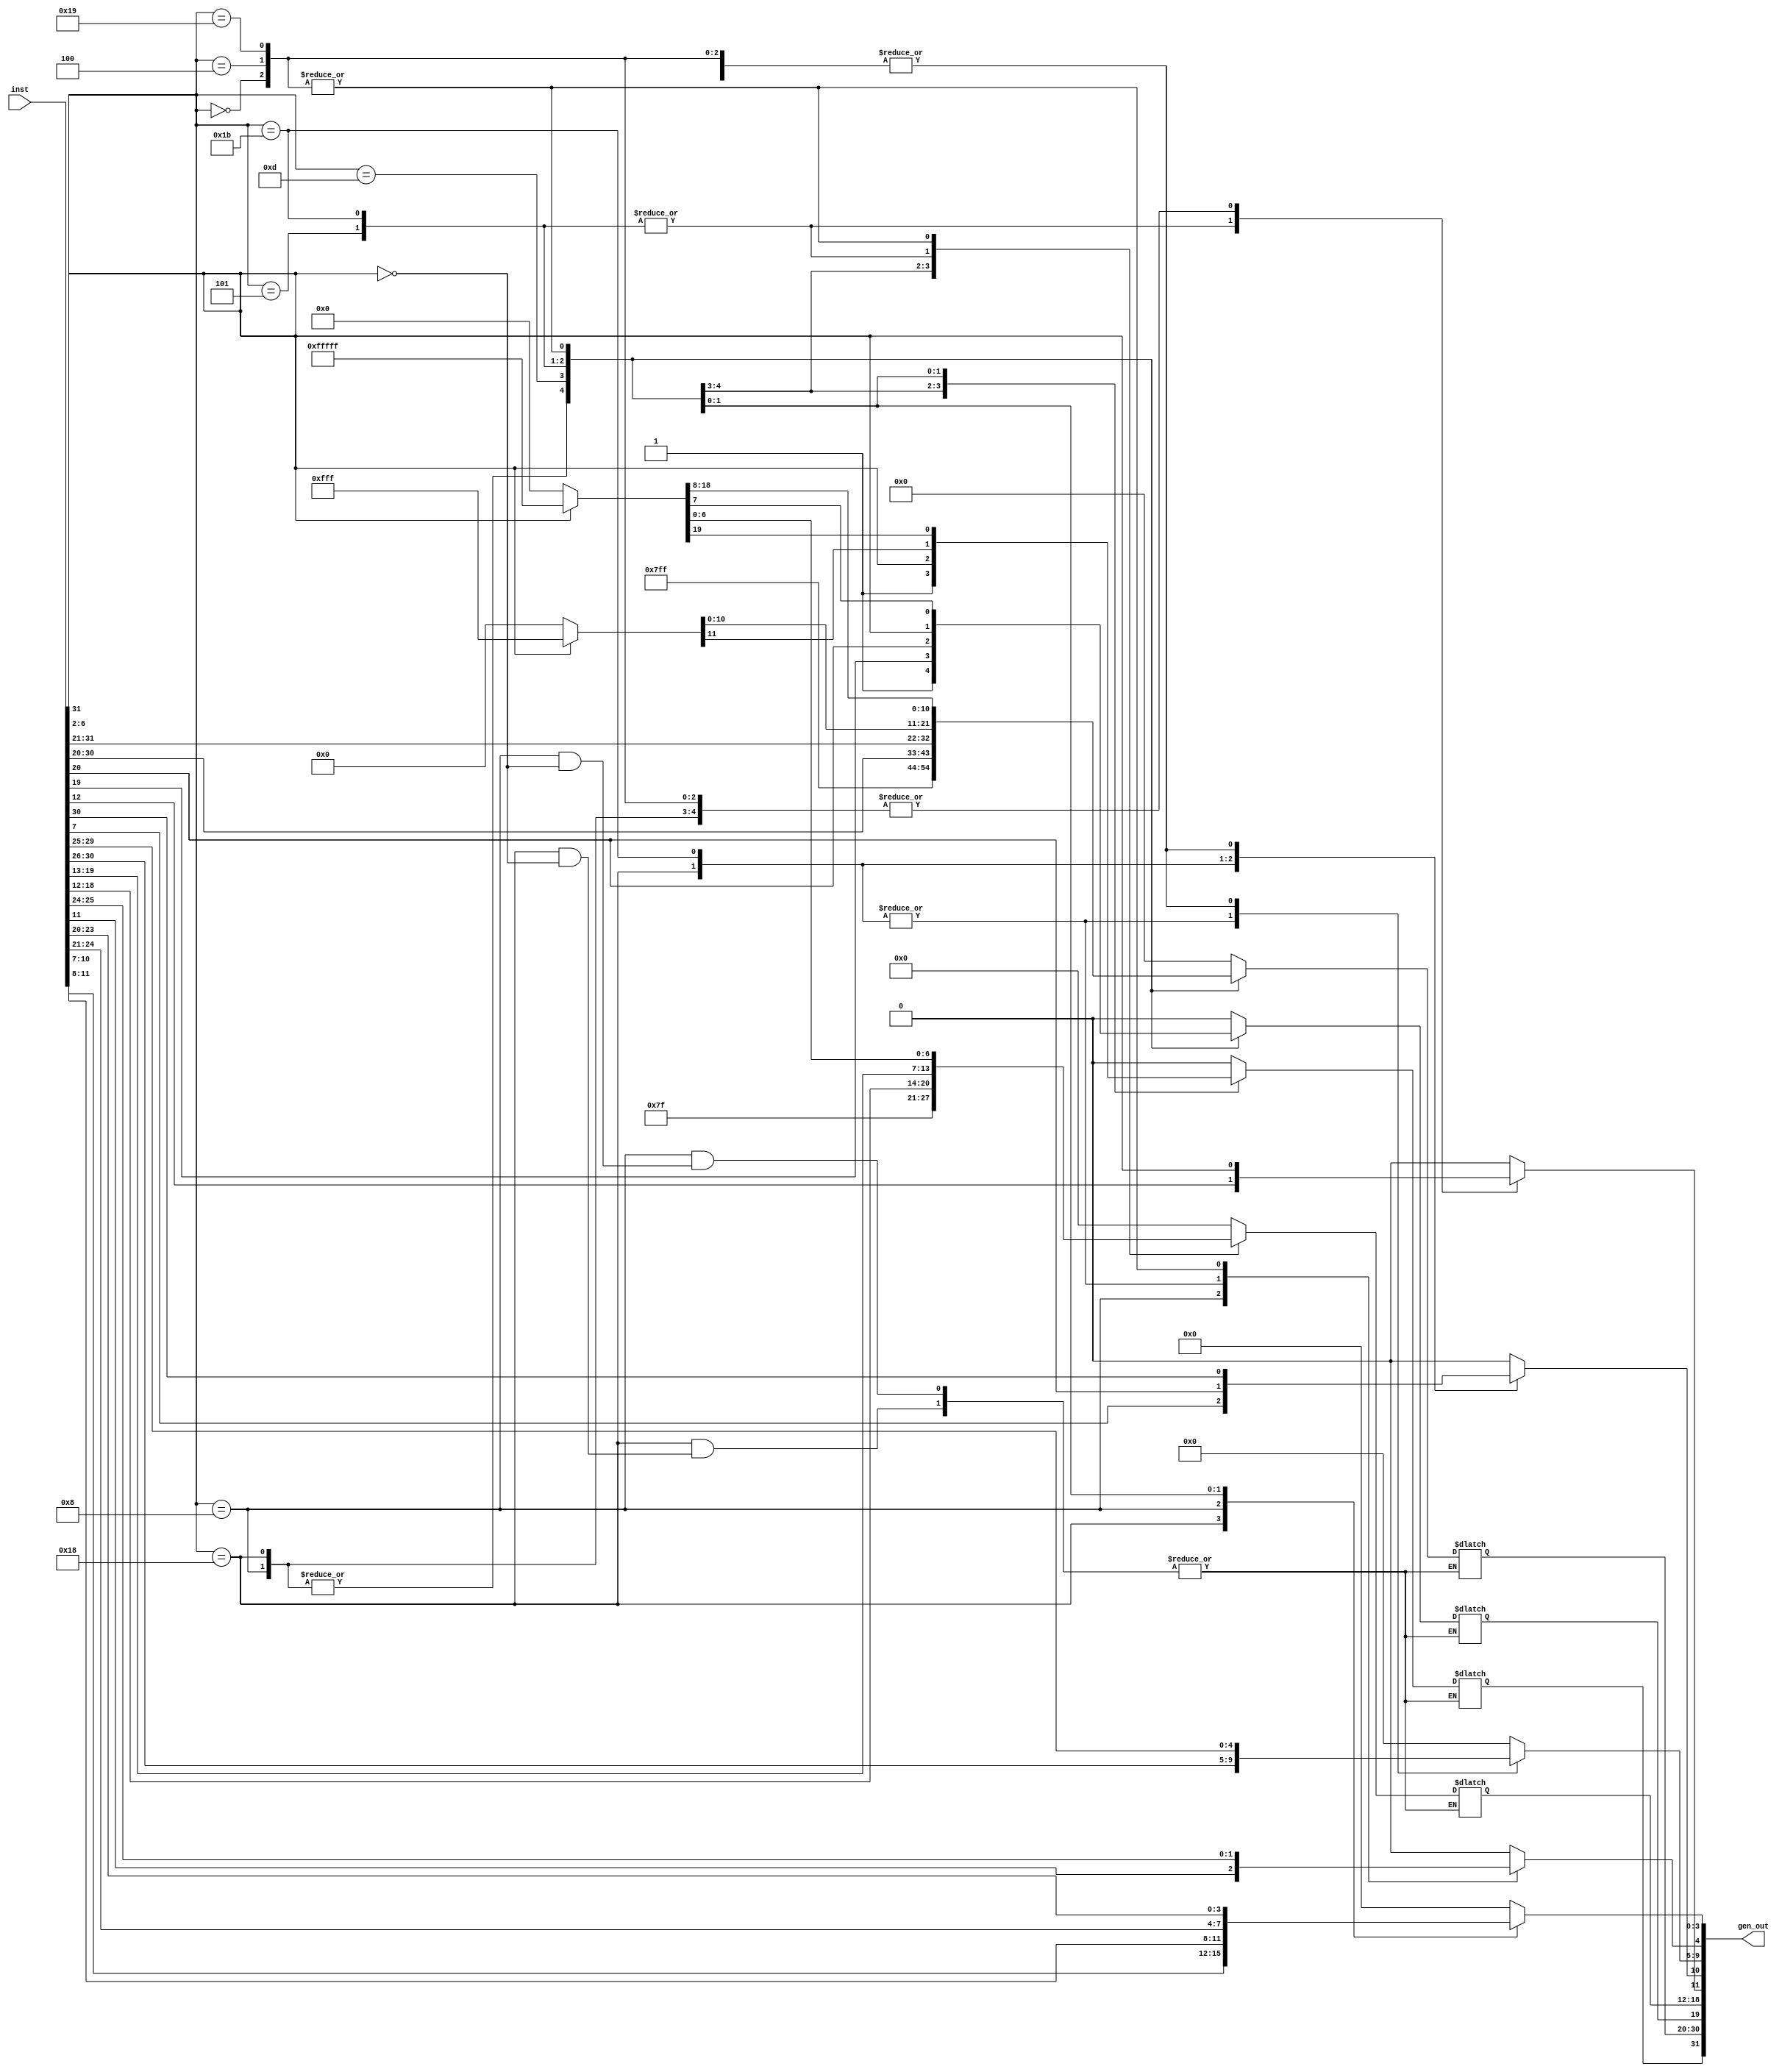


module ImmGen (input [31:0] inst,output reg [31:0] gen_out);
always@(*)
begin
case(inst[6:2])
5'b11000://sb
begin
gen_out[3:0]=inst[11:8];
gen_out[9:4]=inst[30:25];
gen_out[10]=inst[7];
gen_out[11]=inst[31];
if(gen_out[11]==1)
gen_out[31:12]=20'hfffff;
end
5'b00000://load
begin
gen_out=inst[31:20];
if(gen_out[11]==1)
gen_out[31:12]=20'hfffff;
end

5'b00100://i arthmatic
begin
gen_out=inst[31:20];
if(gen_out[11]==1)
gen_out[31:12]=20'hfffff;
end


5'b01000://s
begin
gen_out[4:0]=inst[11:7];
gen_out[11:5]=inst[31:25];
if(gen_out[11]==1)
gen_out[31:12]=20'hfffff;
end

5'b01101://LUI
begin
gen_out[31:12]=inst[31:12];
gen_out[11:0]=12'h000;
end

5'b00101://AUIPC
begin
gen_out[30:11]=inst[31:12];
gen_out[10:0]=11'b0000000000;
gen_out[31]=1'b0;
end

5'b11011://JAL
begin
gen_out[9:0]=inst[30:21];
gen_out[10]=inst[20];
gen_out[18:11]=inst[19:12];
gen_out[19]=inst[31];
if(gen_out[19]==1)
gen_out[31:20]=12'hfff;
else
gen_out[31:20]=12'h000;
end

5'b11001://JALR
begin
gen_out=inst[31:20];
if(gen_out[11]==1)
gen_out[31:12]=20'hfffff;
end

default:gen_out=0;
endcase
end
endmodule